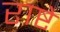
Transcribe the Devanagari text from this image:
राष्टे